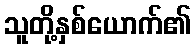
သူတို့နှစ်ယောက်၏